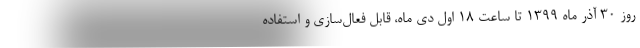
روز ۳۰ آذر ماه ۱۳۹۹ تا ساعت ۱۸ اول دی ماه، قابل فعال‌سازی و استفاده